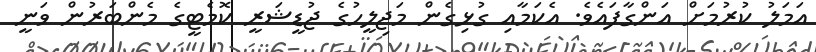
އަމަލު ކުރުމަށް އަންގާފައެވެ. އެކަމާއި ގުޅިގެން މަޖިލީހުގެ ޖުޑީޝަރީ ކޮމެޓީގެ މެންބަރުން ވަނީ